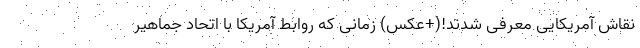
نقاش آمریکایی معرفی شدند!(+عکس) زمانی که روابط آمریکا با اتحاد جماهیر